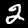
Label: 2